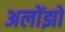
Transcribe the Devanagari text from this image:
अलोंझो